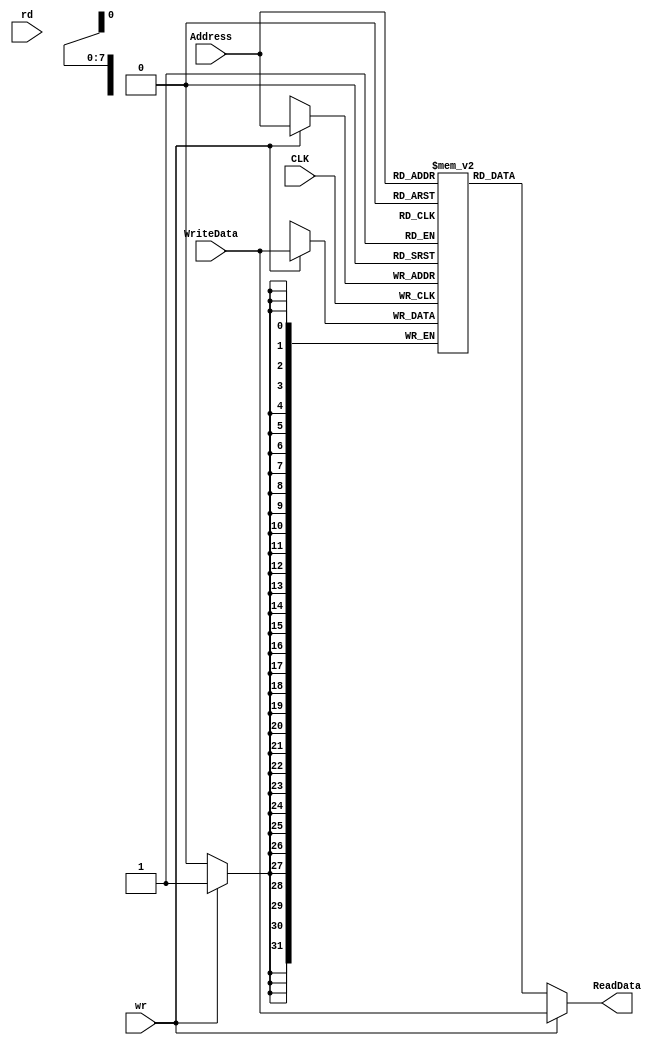
`timescale 1ns / 1ps

//Shivam Kundan
//ECE329 Spring'16
//Final Project, Data Memory

/*This file implements a MIPS data file.*/

module DataMemory(input wire CLK, 
						input wire [7:0] Address, 
						input wire rd, 
						input wire wr, 
						input wire [31:0] WriteData, 
						output wire [31:0] ReadData
						);
	

reg [31:0] Mem [255:0]; //Internal registers
integer i;

	always @(posedge CLK)
		begin
			if(wr)
				begin
					Mem[Address] = WriteData;
				end
		end
	assign ReadData = wr ? WriteData: Mem[Address][31:0];
		

endmodule